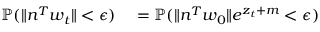
\begin{array} { r l } { \mathbb { P } ( \| n ^ { T } w _ { t } \| < \epsilon ) } & { { } = \mathbb { P } ( \| n ^ { T } w _ { 0 } \| e ^ { z _ { t } + m } < \epsilon ) } \end{array}